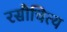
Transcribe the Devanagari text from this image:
रसौचित्य